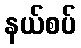
နယ်စပ်